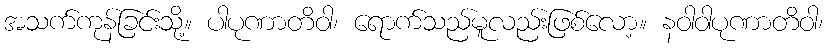
အသက်ကုန်ခြင်းသို့။ ပါပုဏာတိဝါ၊ ရောက်သည်မူလည်းဖြစ်လော့။ နဝါဝါပုဏာတိဝါ၊